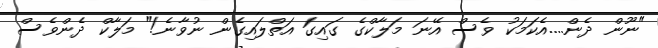
"ނޫން ދެން....އެކަމަކު ވެސް އޭނަ މަލާކްގެ ގައިގަ އަތްލައިގެން ނުވާނެ!" މަލާކް ދެންވެސް